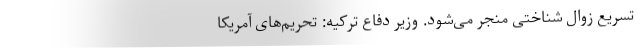
تسریع زوال شناختی منجر می‌شود. وزیر دفاع ترکیه: تحریم‌های آمریکا